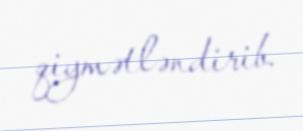
qiymətləndirib.